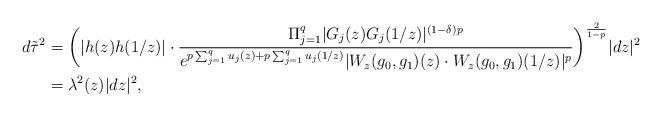
LaTeX: \begin{align*}d\tilde{\tau}^2&= \bigg(|h(z)h(1/z)| \cdot \dfrac{\Pi_{j=1}^q|G_j(z)G_j(1/z)|^{(1-\delta)p}}{e^{p\sum_{j=1}^qu_j(z)+p\sum_{j=1}^qu_j(1/z)}|W_z(g_0,g_1)(z) \cdot W_z(g_0,g_1)(1/z)|^p}\bigg)^{\frac{2}{1-p}}|dz|^2\\&=\lambda^2(z)|dz|^2, \end{align*}